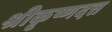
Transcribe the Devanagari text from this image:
श्रीकृष्णदत्त